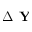
\Delta \textbf { Y }